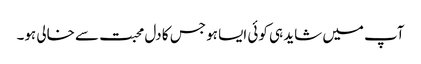
آپ میں شاید ہی کوئی ایسا ہو جس کا دل محبت سے خالی ہو۔